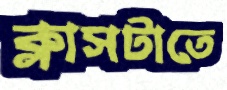
ক্লাসটাতে